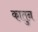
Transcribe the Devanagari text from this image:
कातुन